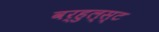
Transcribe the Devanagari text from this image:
वर्हुल्स्ट